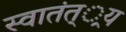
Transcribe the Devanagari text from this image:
स्वातंत््रय